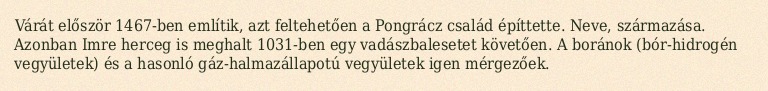
Várát először 1467-ben említik, azt feltehetően a Pongrácz család építtette. Neve, származása. Azonban Imre herceg is meghalt 1031-ben egy vadászbalesetet követően. A boránok (bór-hidrogén vegyületek) és a hasonló gáz-halmazállapotú vegyületek igen mérgezőek.